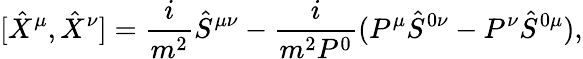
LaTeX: [\hat{X}^{\mu},\hat{X}^{\nu}]=\frac{i}{m^{2}}\hat{S}^{\mu\nu}-\frac{i}{m^{2}P^{0}}(P^{\mu}\hat{S}^{0\nu}-P^{\nu}\hat{S}^{0\mu}),